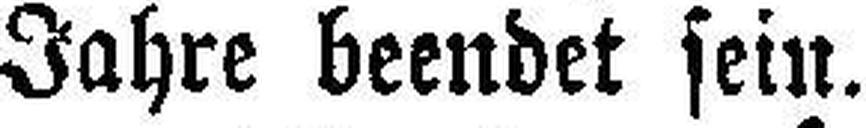
Jahre beendet sein.